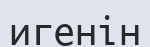
игенін